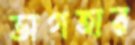
ভাগহার